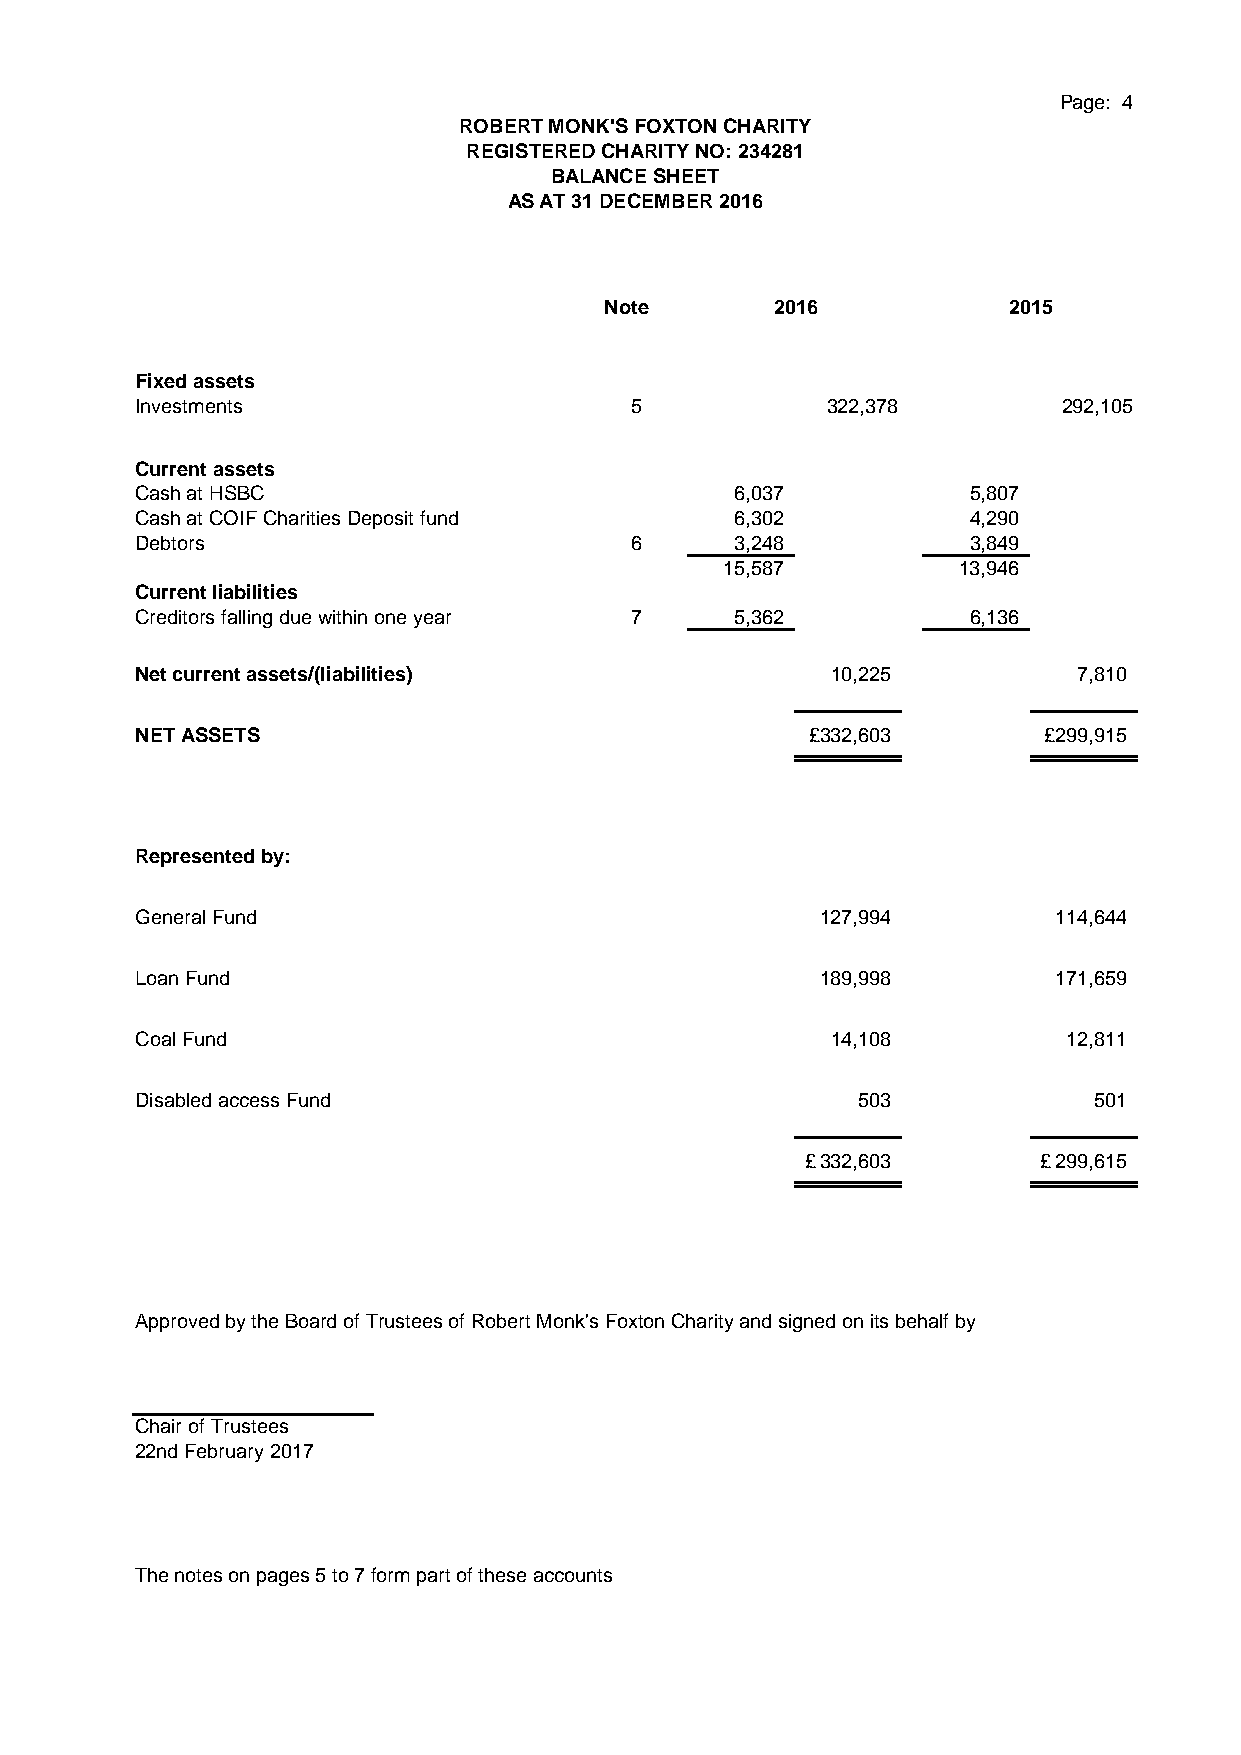
Page: 4
 ROBERT MONK'S FOXTON CHARITY
 REGISTERED CHARITY NO: 234281
 BALANCE SHEET
 AS AT 31 DECEMBER 2016
 Note       2016            2015
 Fixed assets
 Investments                      5            322,378        292,105
 Current assets
 Cash at HSBC                            6 ,037         5 ,807
 Cash at COIF Charities Deposit fund     6 ,302         4 ,290
 Debtors                          6      3 ,248         3 ,849
 1 5,587        1 3,946
 Current liabilities
 Creditors falling due within one year 7 5 ,362         6 ,136
 Net current assets/(liabilities)              1 0,225         7 ,810
 NET ASSETS                                   £3 32,603      £2 99,915
 Represented by:
 General Fund                                 127,994         114,644
 Loan Fund                                    189,998         171,659
 Coal Fund                                     14,108          12,811
 Disabled access Fund                            503            501
 £ 332,603       £ 299,615
 Approved by the Board of Trustees of Robert Monk's Foxton Charity and signed on its behalf by
 Chair of Trustees
 22nd February 2017
 The notes on pages 5 to 7 form part of these accounts